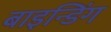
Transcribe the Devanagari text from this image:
बाइन्डिंग